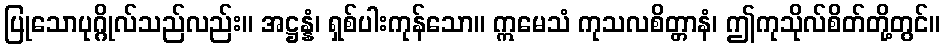
ပြုသောပုဂ္ဂိုလ်သည်လည်း။ အဋ္ဌန္နံ၊ ရှစ်ပါးကုန်သော။ ဣမေသံ ကုသလစိတ္တာနံ၊ ဤကုသိုလ်စိတ်တို့တွင်။